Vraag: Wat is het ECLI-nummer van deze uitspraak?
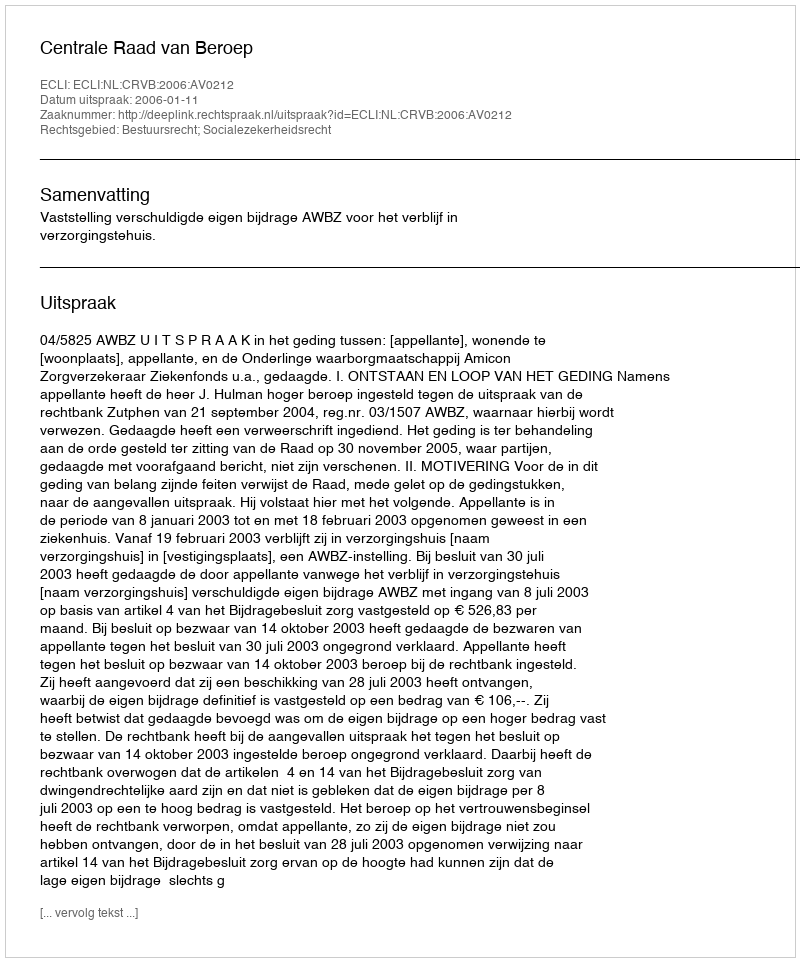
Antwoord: ECLI:NL:CRVB:2006:AV0212